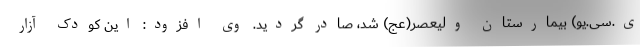
ی.سی.یو) بیمارستان ولیعصر(عج) شد، صادر گردید. وی افزود: این کودک آزار